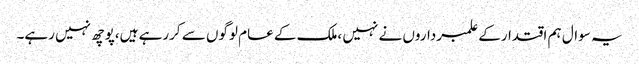
یہ سوال ہم اقتدارکے علمبرداروں نے نہیں ،ملک کے عام لوگوں سے کررہے ہیں،پوچھ نہیں رہے۔